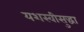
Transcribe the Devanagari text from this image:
यशस्वीसुद्धा